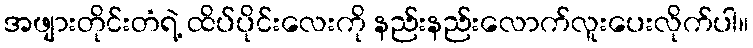
အဖျားတိုင်းတံရဲ့ ထိပ်ပိုင်းလေးကို နည်းနည်းလောက်လူးပေးလိုက်ပါ။